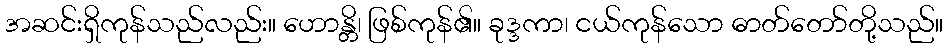
အဆင်းရှိကုန်သည်လည်း။ ဟောန္တိ၊ ဖြစ်ကုန်၏။ ခုဒ္ဒကာ၊ ငယ်ကုန်သော ဓာတ်တော်တို့သည်။